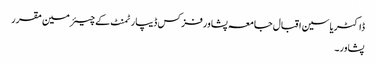
ڈاکٹریاسین اقبال جامعہ پشاورفزکس ڈیپارٹمنٹ کے چیئرمین مقرر
پشاور۔